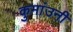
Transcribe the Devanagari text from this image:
कुमांउनी